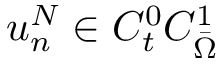
u _ { n } ^ { N } \in C _ { t } ^ { 0 } C _ { \Bar { \Omega } } ^ { 1 }